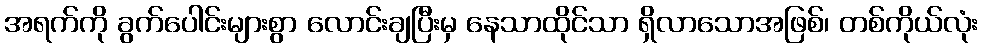
အရက်ကို ခွက်ပေါင်းများစွာ လောင်းချပြီးမှ နေသာထိုင်သာ ရှိလာသောအဖြစ်၊ တစ်ကိုယ်လုံး